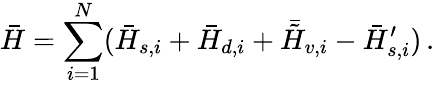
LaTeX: \bar{H}=\sum_{i=1}^{N}(\bar{H}_{s,i}+\bar{H}_{d,i}+\bar{\tilde{H}}_{v,i}-\bar{H}_{s,i}^{\prime})\, .